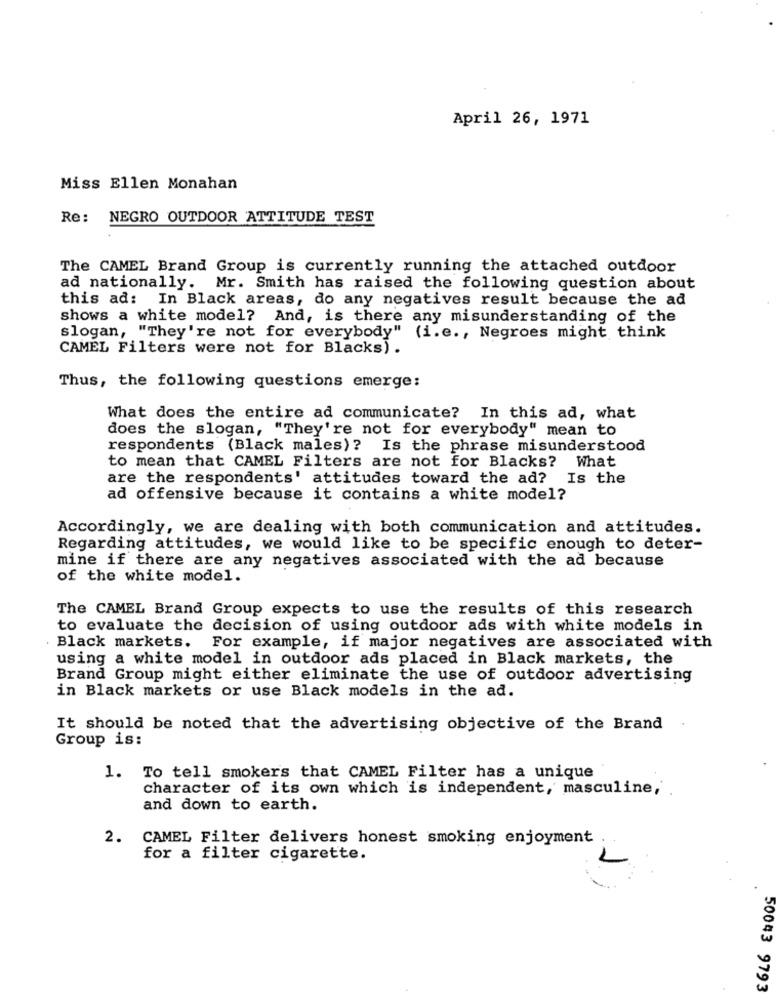
April 26, 1971
Miss Ellen Monahan
Re:
NEGRO OUTDOOR ATTITUDE TEST
The CAMEL Brand Group is currently running the attached outdoor
ad nationally. Mr. Smith has raised the following question about
this ad: In Black areas, do any negatives result because the ad
shows a white model? And, is there any misunderstanding of the
slogan, "They're not for everybody" (i.e ., Negroes might think
CAMEL Filters were not for Blacks).
Thus, the following questions emerge:
What does the entire ad communicate? In this ad, what
does the slogan, "They're not for everybody" mean to
respondents (Black males)? Is the phrase misunderstood
to mean that CAMEL Filters are not for Blacks? What
are the respondents' attitudes toward the ad? Is the
ad offensive because it contains a white model?
Accordingly, we are dealing with both communication and attitudes.
Regarding attitudes, we would like to be specific enough to deter-
mine if there are any negatives associated with the ad because
of the white model.
The CAMEL Brand Group expects to use the results of this research
to evaluate the decision of using outdoor ads with white models in
Black markets. For example, if major negatives are associated with
using a white model in outdoor ads placed in Black markets, the
Brand Group might either eliminate the use of outdoor advertising
in Black markets or use Black models in the ad.
It should be noted that the advertising objective of the Brand
Group is:
1. To tell smokers that CAMEL Filter has a unique
character of its own which is independent, masculine,
and down to earth.
2.
CAMEL Filter delivers honest smoking enjoyment
for a filter cigarette.
50043 9793